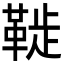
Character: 𩋀